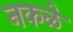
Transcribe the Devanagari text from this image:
नकळे